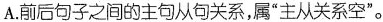
A.前后句子之间的主句从句关系，属”主从关系空”。